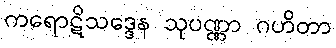
ကရောဋိသဒ္ဒေန သုပဏ္ဏာ ဂဟိတာ